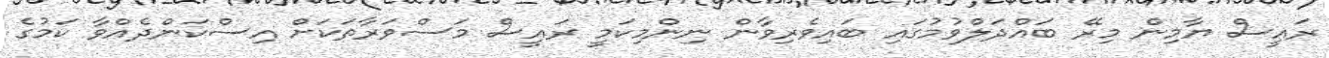
ރައީސް ޔާމިން މިރޭ ބައްދަލްވުމުގައި ބައިވެރިވާން ނިންމިކަމީ ރައީސް މަސްވަރާތަކަށް އިސްކަންދެއްވާ ކަމުގެ